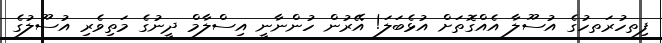
ފިތހުރަތހުގެ އުސޫލާ އެއްގޮތަށް އުޅެބަލަ! އޭރުން ހުންނާނީ އިސްލާމް ދީނުގެ މަތިވެރި އުސޫލުގެ